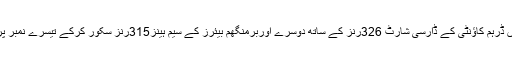
اس فہرست میں ڈرہم کاؤنٹی کے ڈارسی شارٹ 326رنز کے ساتھ دوسرے اوربرمنگھم بیئرز کے سیم ہینز315رنز سکور کرکے تیسرے نمبر پر براجمان ہے۔